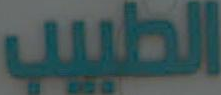
الطبيب